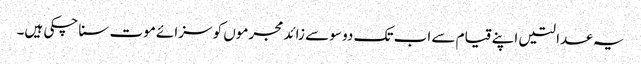
یہ عدالتیں اپنے قیام سے اب تک دو سو سے زائد مجرموں کو سزائے موت سنا چکی ہیں۔